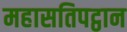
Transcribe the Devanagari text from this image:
महासतिपट्ठान